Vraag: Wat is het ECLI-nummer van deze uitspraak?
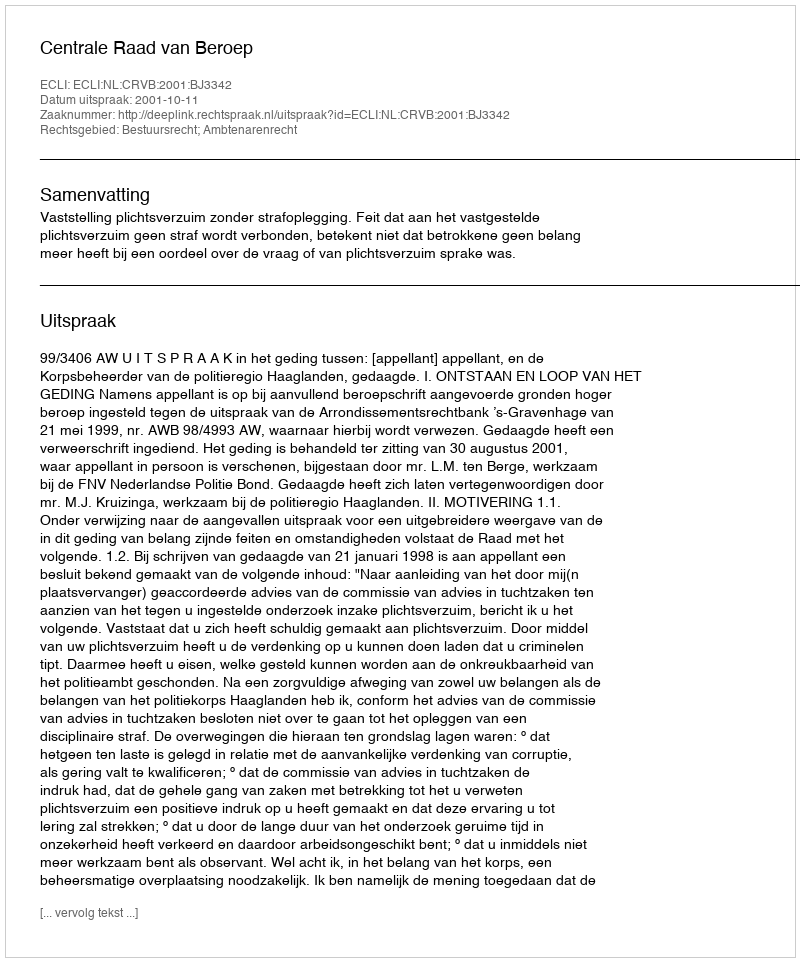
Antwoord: ECLI:NL:CRVB:2001:BJ3342